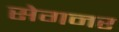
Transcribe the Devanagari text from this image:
सेगनर